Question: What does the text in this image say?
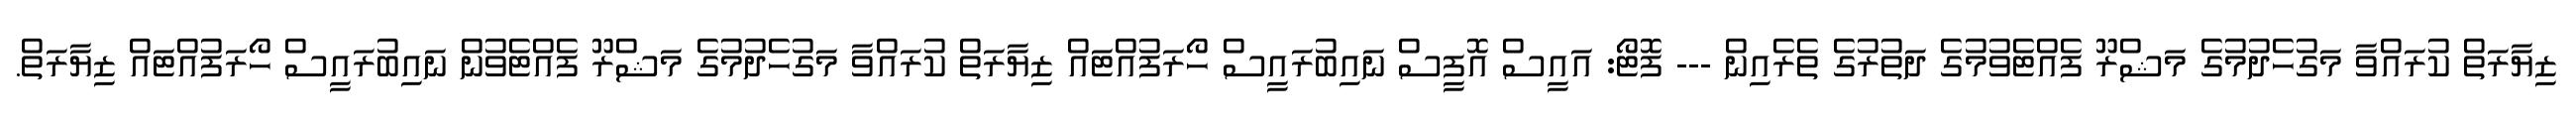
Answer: ޒިޔާރަތް ކުރައްވާ މަގުހެދުމުގެ މަޝްރޫ ފެއްޓެވުމުގެ ދަތުރުގެ ތެރެއިން --- ފޮޓޯ: އައީސް އޮފީސް ނައިބުރައީސް ހޯރަފުއްޓައް ޒިޔާރަތް ކުރައްވާ މަގުހެދުމުގެ މަޝްރޫ ފެއްޓެވުން ނައިބުރައީސް ހޯރަފުއްޓައް ޒިޔާރަތް.